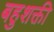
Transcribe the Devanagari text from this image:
बहुशक्ती